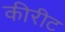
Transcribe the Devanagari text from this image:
कीरीट